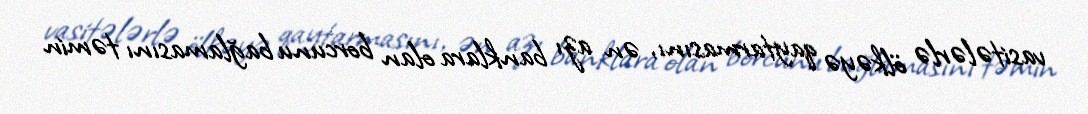
vasitələrlə ölkəyə qaytarmasını, ən azı banklara olan borcunu bağlamasını təmin